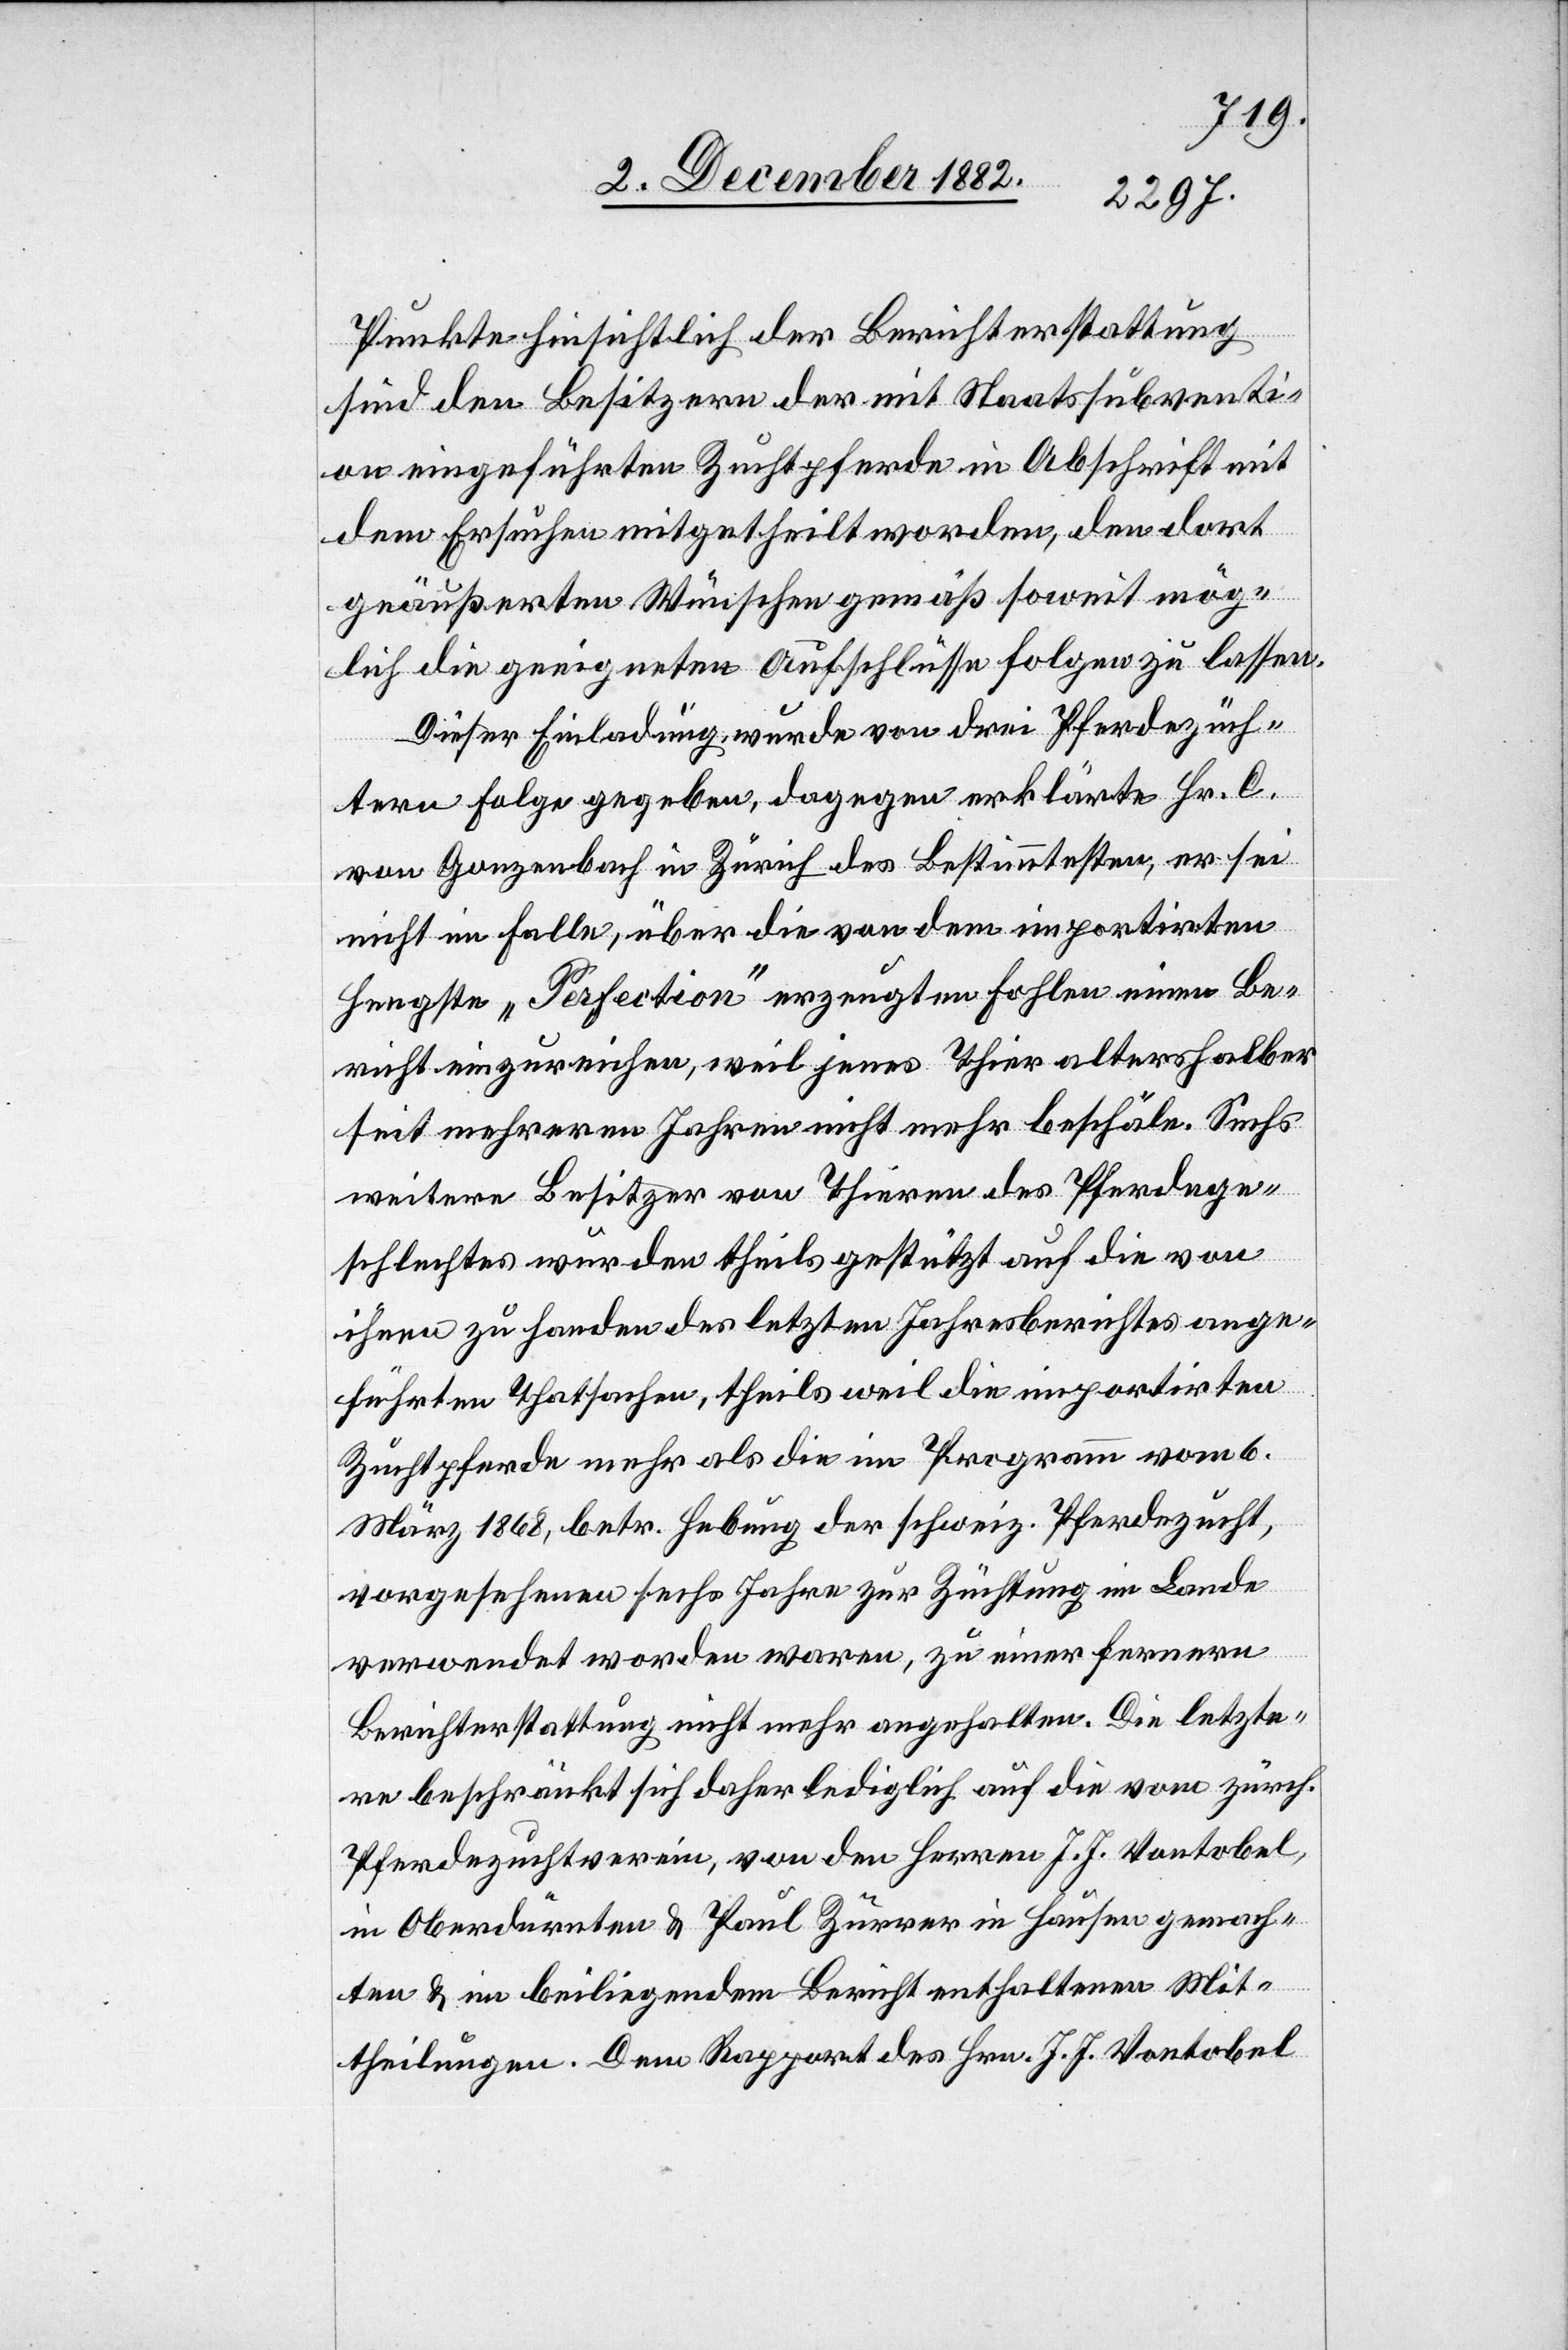
Punkte hinsichtlich der Berichterstattung
sind den Besitzern der mit Staatssubventi¬
on eingeführten Zuchtpferde in Abschrift mit
dem Ersuchen mitgetheilt worden, den dort
geäußerten Wünschen gemäß soweit mög¬
lich die geeigneten Aufschlüsse folgen zu lassen.
Dieser Einladung wurde von drei Pferdezüch¬
tern Folge gegeben, dagegen erklärte Hr. C.
von Gonzenbach in Zürich des Bestimmtesten, er sei
nicht im Falle, über die von dem importirten
Hengste „Perfection“ erzeugten Fohlen einen Be¬
richt einzureichen, weil jenes Thier altershalber
seit mehreren Jahren nicht mehr beschäle. Sechs
weitere Besitzer von Thieren des Pferdege¬
schlechtes wurden theils gestützt auf die von
ihnen zu Handen des letzten Jahresberichtes ange¬
führten Thatsachen, theils weil die importirten
Zuchtpferde mehr als die im Programm vom 6.
März 1868, betr. Hebung der schweiz. Pferdezucht,
vorgesehenen sechs Jahre zur Züchtung im Lande
verwendet worden waren, zu einer fernern
Berichterstattung nicht mehr angehalten. Die letzte¬
re beschränkt sich daher lediglich auf die vom zürch.
Pferdezuchtverein, von den Herren J. J. Vontobel,
in Oberdürnten & Paul Zürrer in Hausen gemach¬
ten & im beiliegenden Bericht enthaltenen Mit¬
theilungen. Dem Rapport des Hrn. J. J. Vontobel